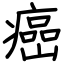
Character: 癌